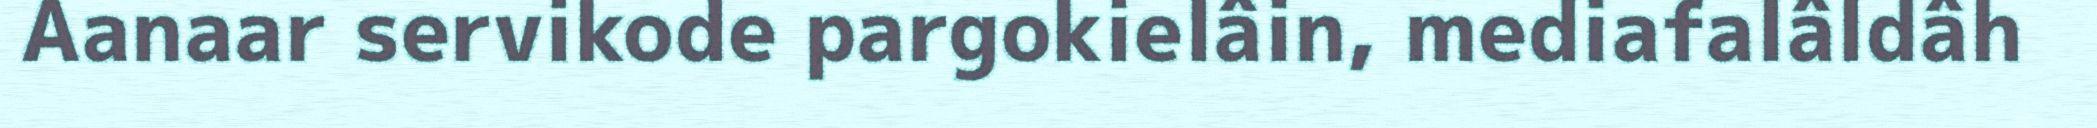
Aanaar servikode pargokielâin, mediafalâldâh